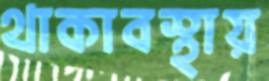
থাকাবস্থায়